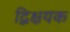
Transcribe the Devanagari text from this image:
द्विक्षयक